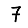
Digit: 7